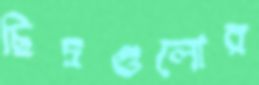
ছিদ্রগুলোর